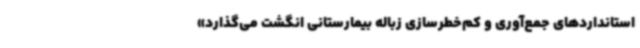
استانداردهای جمع‌آوری و کم‌خطرسازی زباله بیمارستانی انگشت می‌گذارد»